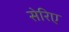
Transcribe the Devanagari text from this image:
सेरिए